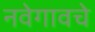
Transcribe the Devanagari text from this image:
नवेगावचे